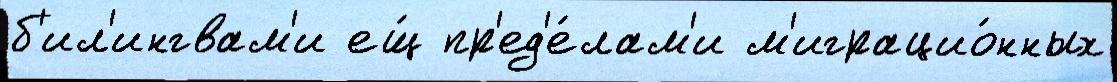
б'ил'ингвам'и ещ́ пр'ед'е́лам'и м'играцио́нных